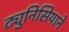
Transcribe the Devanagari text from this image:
ट्युनिसियाने